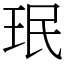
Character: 珉